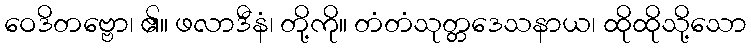
ဝေဒိတဗ္ဗော၊ ၏။ ဖလာဒီနံ၊ တို့ကို။ တံတံသုတ္တဒေသနာယ၊ ထိုထိုသို့သော